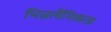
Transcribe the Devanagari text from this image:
भिन्नलैंगिकता